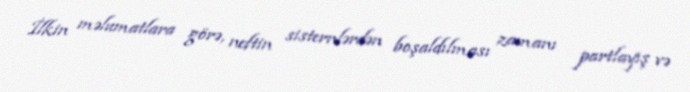
İlkin məlumatlara görə, neftin sisternlərdən boşaldılması zamanı partlayış və